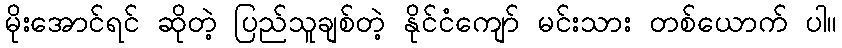
မိုးအောင်ရင် ဆိုတဲ့ ပြည်သူချစ်တဲ့ နိုင်ငံကျော် မင်းသား တစ်ယောက် ပါ။